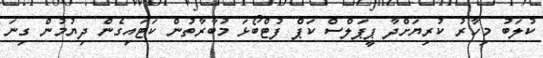
ކުލަބު މިހާރު ކުރިޔަށްދާ ޕީޕަލްސް ކަޕް ފުޓްބޯޅަ މުބާރާތުން ކަޓައިގެން ދިޔުމުން ގިނަ